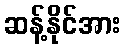
ဆန့်နိုင်အား